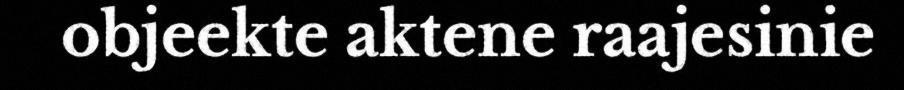
objeekte aktene raajesinie